Lunatic asylums Punjab 1895-1910 - 1895-1910
Year: 1895
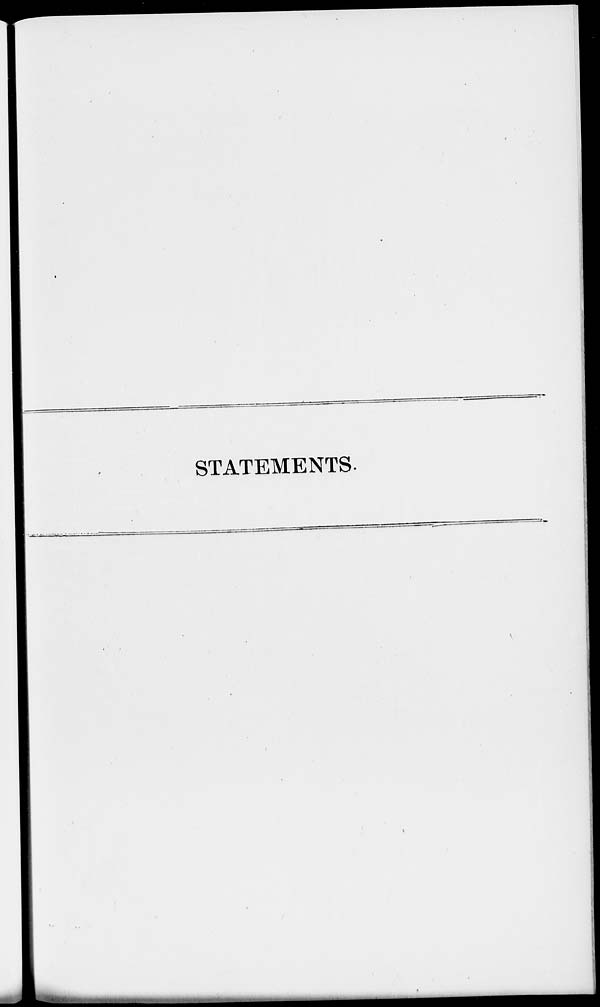
STATEMENTS.